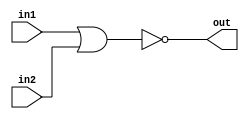
/*
    CS/ECE 552 Spring '22
    Homework #1, Problem 2

    2 input NOR
*/
module nor2 (out,in1,in2);
    output out;
    input in1,in2;
    assign out = ~(in1 | in2);
endmodule